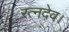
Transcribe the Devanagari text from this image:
रत्नदेव।